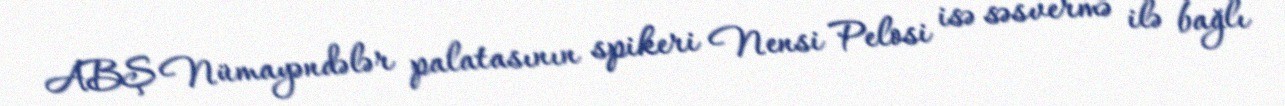
ABŞ Nümayəndələr palatasının spikeri Nensi Pelosi isə səsvermə ilə bağlı